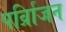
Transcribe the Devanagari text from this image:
पर्व्रािजन